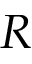
R